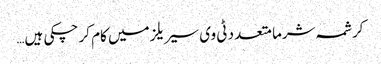
کرشمہ شرما متعدد ٹی وی سیریلز میں کام کر چکی ہیں…